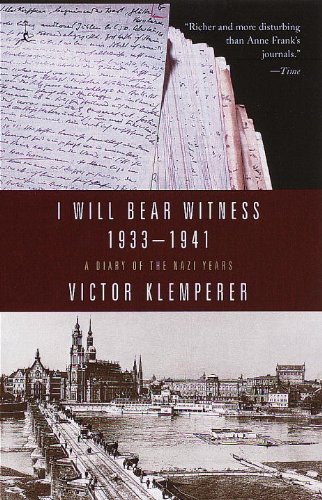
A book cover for I Will Bear Witness: A Diary of the Nazi Years, 1933-1941; Victor Klemperer; Biographies & Memoirs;